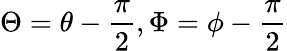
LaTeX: \Theta=\theta-\frac{\pi}{2},\Phi=\phi-\frac{\pi}{2}